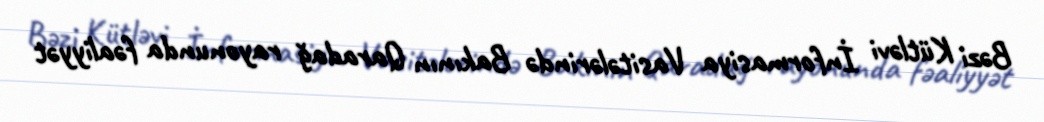
Bəzi Kütləvi İnformasiya Vasitələrində Bakının Qaradağ rayonunda fəaliyyət